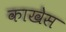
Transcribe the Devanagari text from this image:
काखेस